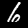
Label: 6